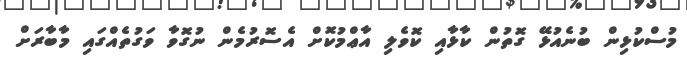
މުސްކުޅިން ބުނެއުޅޭ ގޮތުން ކާޅާއި ކޮވެލި އާޢްމުކޮށް އެސޮރުމެން ނުގޮވާ ވަގުތެއްގައި މާބާރަށް